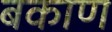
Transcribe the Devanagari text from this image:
बकाण